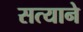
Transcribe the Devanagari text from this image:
सत्याने